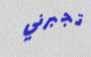
تجبرني